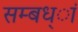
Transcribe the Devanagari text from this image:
सम्बध्ां